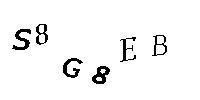
S8G8EB